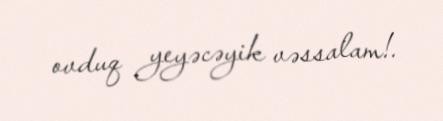
ovduq yeyəcəyik vəssalam!.